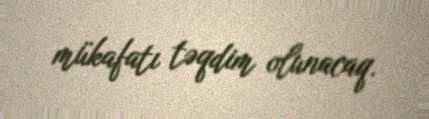
mükafatı təqdim olunacaq.